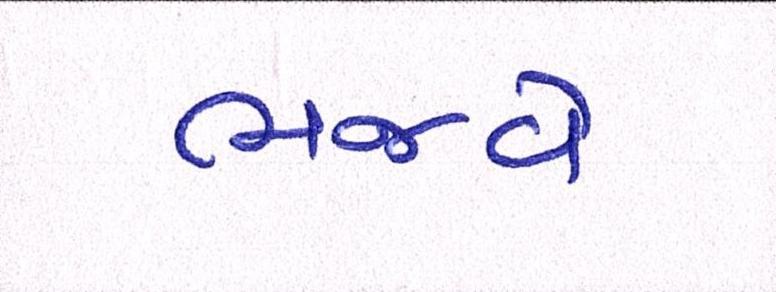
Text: ભજવે